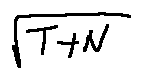
\sqrt { T + N }